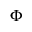
\Phi